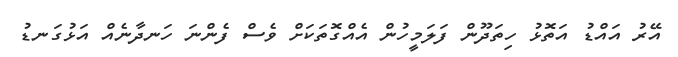
އޭރު އައްޑު އަތޮޅު ހިތަދޫން ފަލަމީހުން އެއްގޮތަކަށް ވެސް ފެންނަ ހަނދާނެއް އަޅުގަނޑު